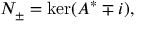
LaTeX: N _ { \pm } = \ker ( A ^ { * } \mp i ) ,